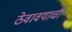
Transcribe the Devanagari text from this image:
ठेवावयाची